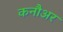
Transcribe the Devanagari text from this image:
कनौअर